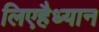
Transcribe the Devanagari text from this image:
लिएहैध्यान